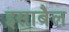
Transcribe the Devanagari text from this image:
इसाबैल